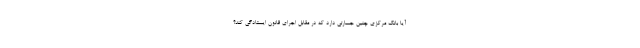
آیا بانک مرکزی چنین جسارتی دارد که در مقابل اجرای قانون ایستادگی کند؟